65_HS1-834228961_62-HQ-83894_Serial_438
Agency: FBI
Page 1
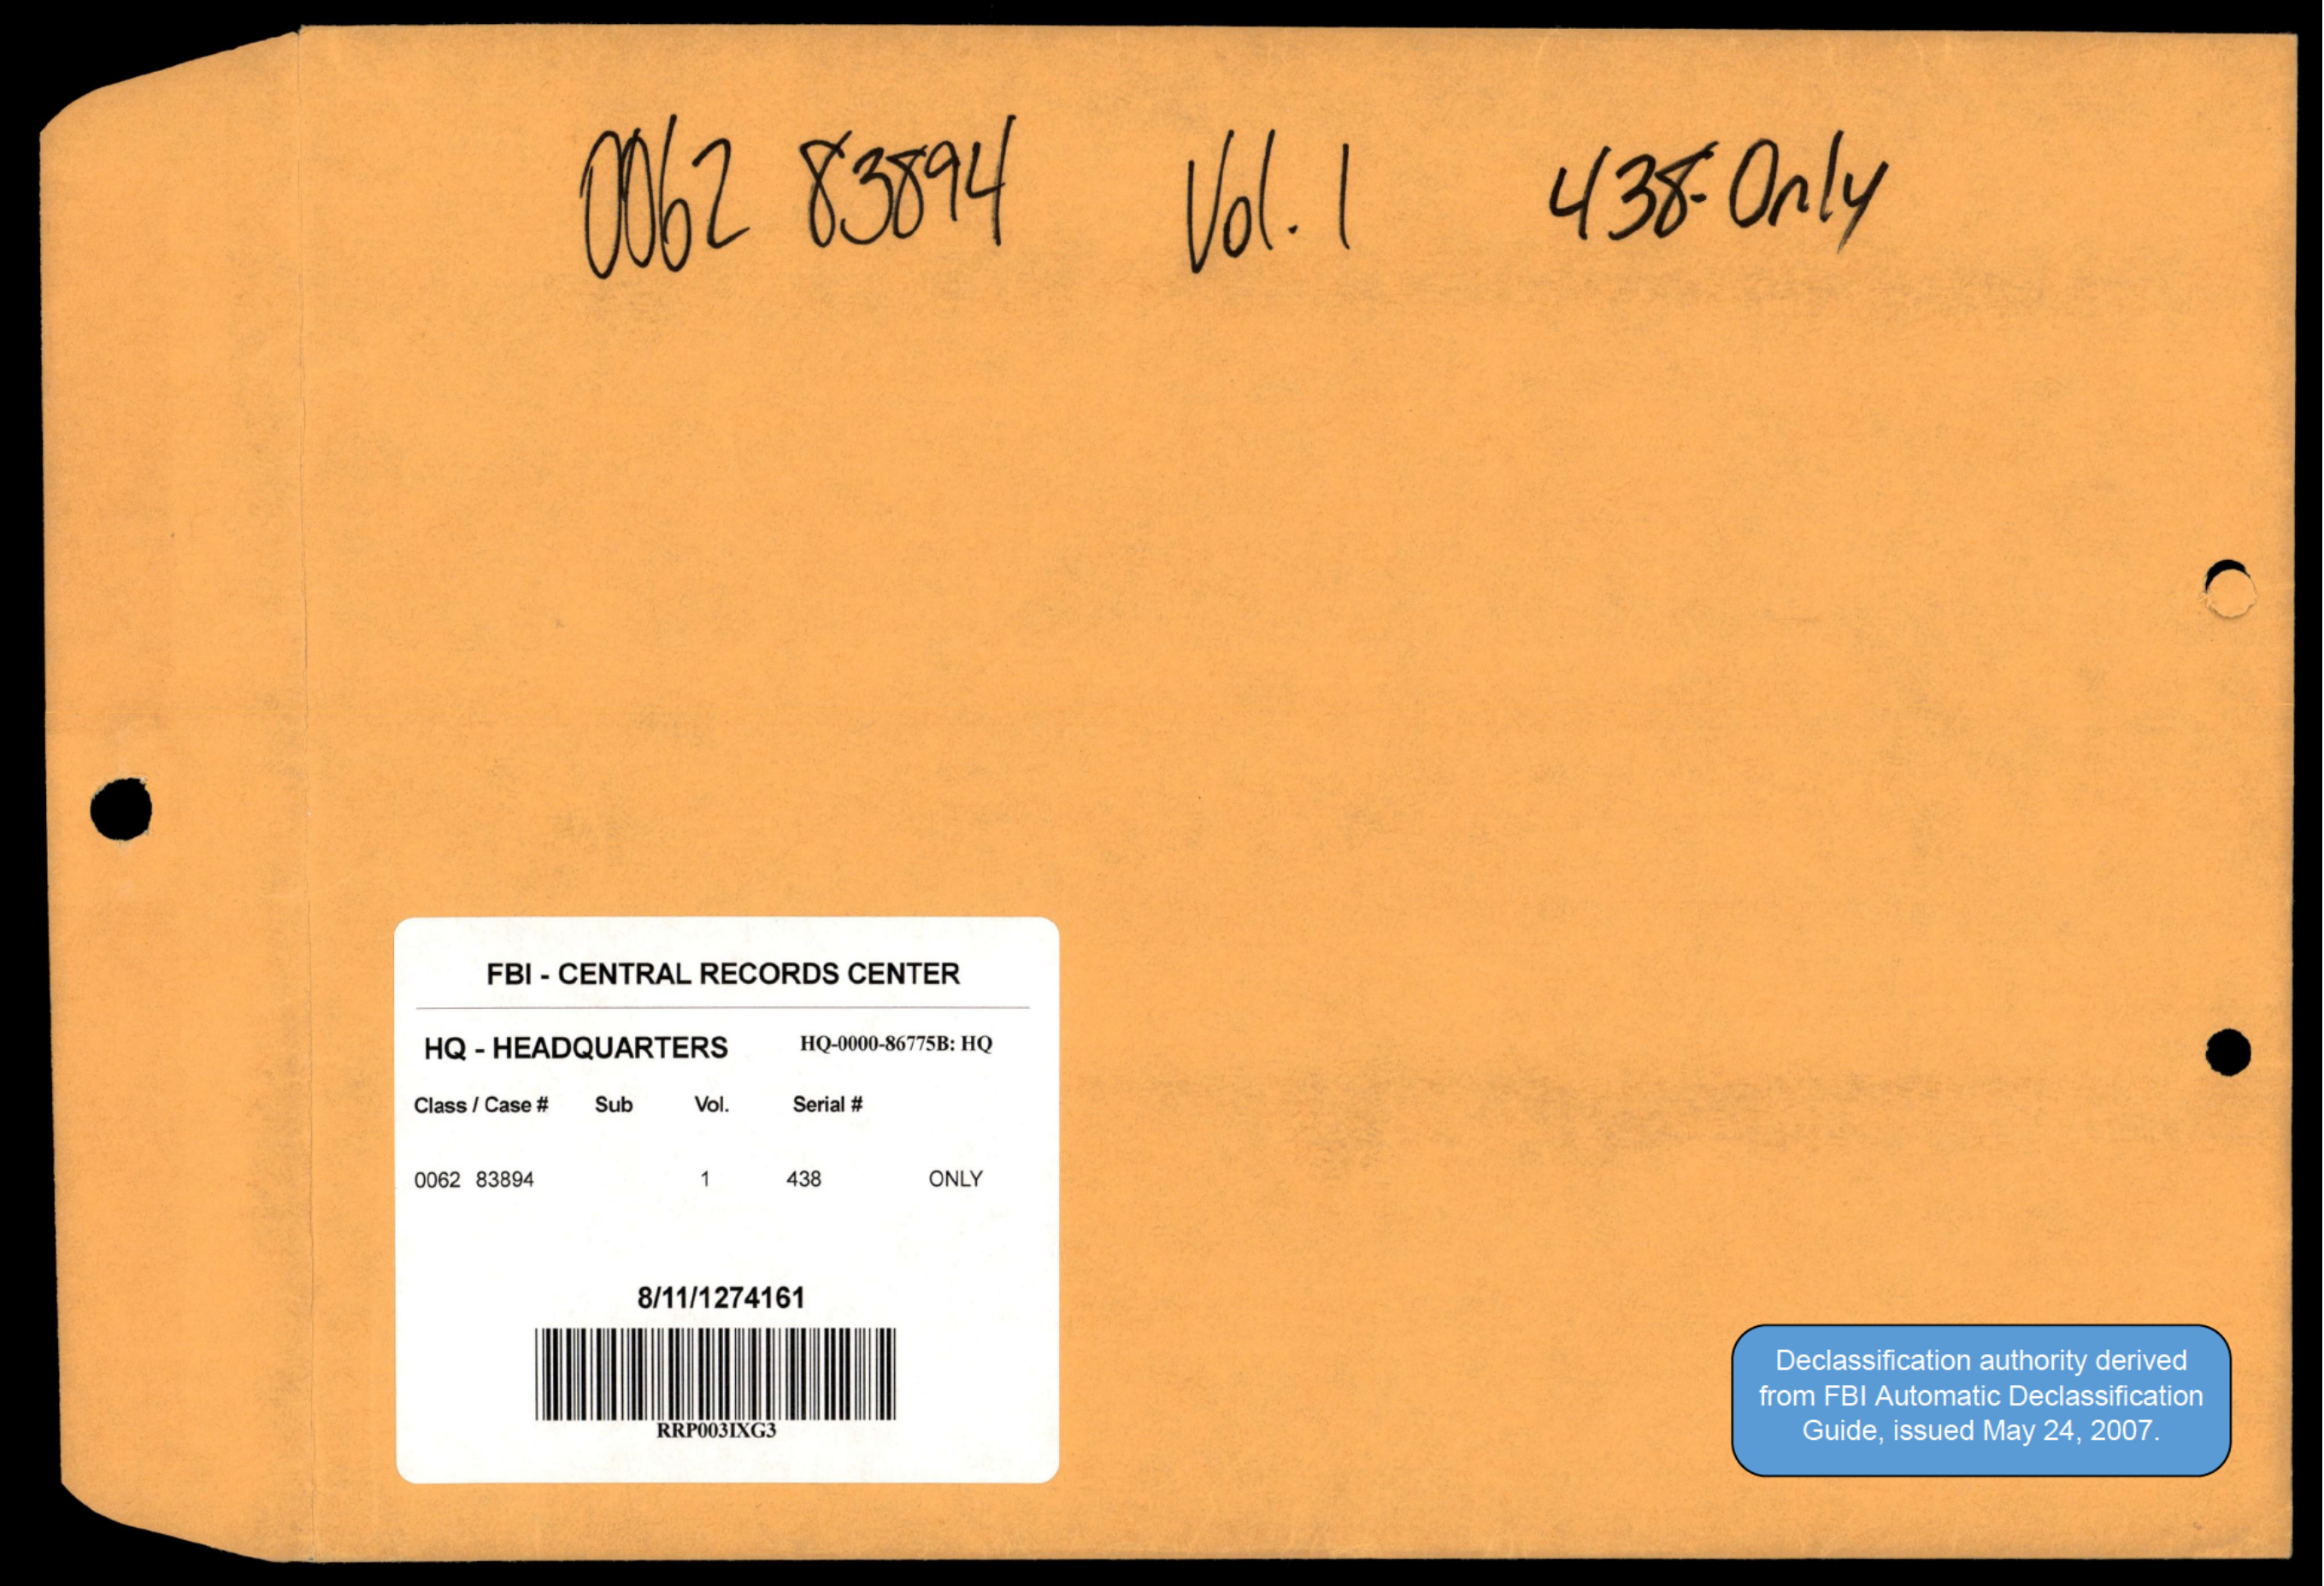